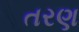
તરણ